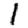
Digit: 1